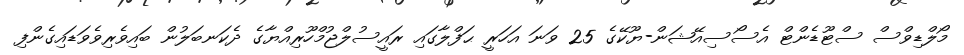
މޯލްޑިވްސް ސްޓޫޑެންޓް އެސޯސިއޭޝަން-ޔޫކޭގެ 25 ވަނަ އަހަރީ ޙަފްލާގައި ރައީސުލްޖުމްހޫރިއްޔާގެ ދެކަނބަލުން ބައިވެރިވެވަޑައިގެންފި